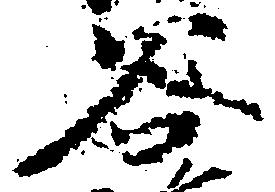
谷